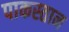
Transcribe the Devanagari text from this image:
पाकस्तान